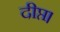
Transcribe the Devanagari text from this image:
दीप्त।